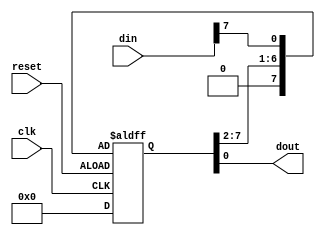
module ParallelInSerialOutShiftRegister #(
  parameter WIDTH = 8
) (
  input clk,
  input reset,
  input [WIDTH-1:0] din,
  output dout
);

  reg [WIDTH-1:0] shift_register;

  always @(posedge clk or negedge reset) begin
    if (reset) begin
      shift_register <= 0;
    end else begin
      shift_register <= {1'b0, shift_register[WIDTH-1:1]};
      shift_register[0] <= din[WIDTH-1];
    end
  end

  assign dout = shift_register[0];

endmodule